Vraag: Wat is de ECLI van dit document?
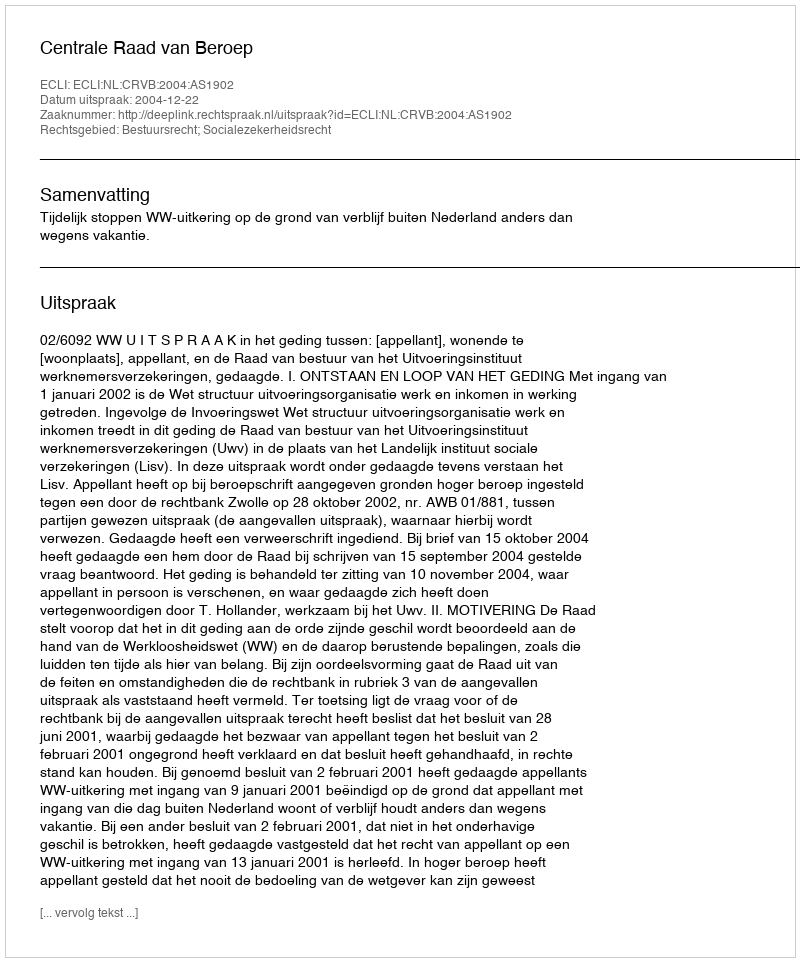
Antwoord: ECLI:NL:CRVB:2004:AS1902